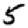
Digit: 5